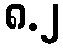
၈.၂